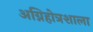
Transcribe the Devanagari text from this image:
अग्निहोत्रशाला